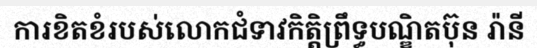
ការខិតខំរបស់លោកជំទាវកិត្តិព្រឹទ្ធបណ្ឌិតប៊ុន រ៉ានី